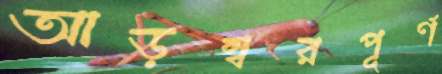
আড়ম্বরপূর্ণ